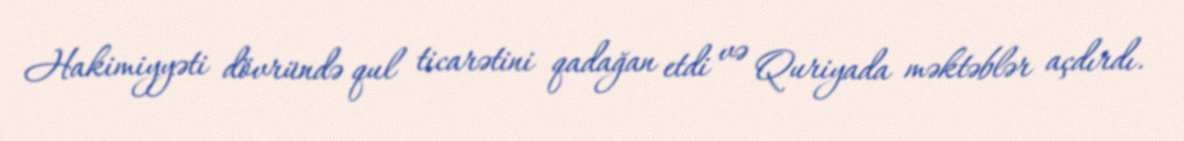
Hakimiyyəti dövründə qul ticarətini qadağan etdi və Quriyada məktəblər açdırdı.